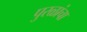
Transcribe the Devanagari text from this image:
पुरळांचा